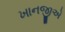
ખાનજીએ